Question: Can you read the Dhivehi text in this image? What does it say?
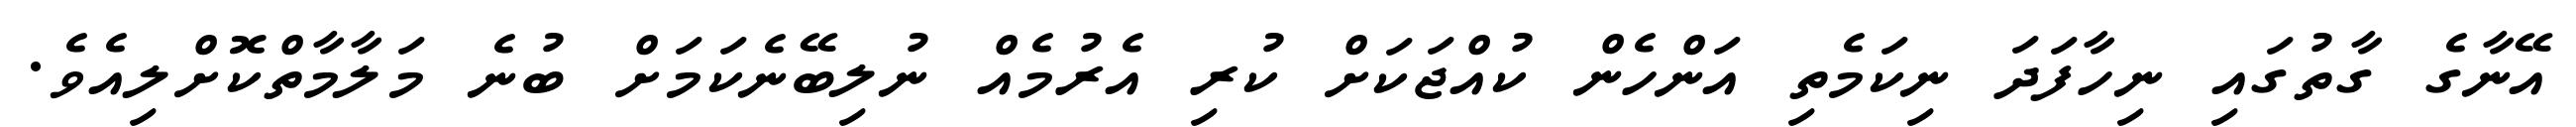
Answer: އޭނާގެ ގާތުގައި ނިހާފަދަ ނިކަމެތި އަންހެން ކުއްޖަކަށް ކުރި އެރުމެއް ނުލިބޭނެކަމަށް ބުނެ މަލާމާތްކޮށްލިއެވެ.